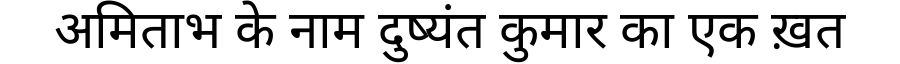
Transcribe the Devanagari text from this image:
अमिताभ के नाम दुष्यंत कुमार का एक ख़त